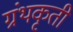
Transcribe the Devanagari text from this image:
ग्रंथकृती